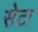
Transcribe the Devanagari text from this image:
सेटा